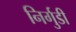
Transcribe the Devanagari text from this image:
निर्गुडी